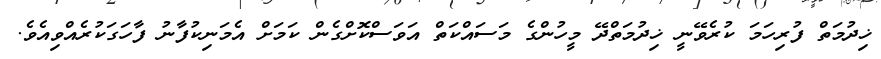
ޚިދުމަތް ފުރިހަމަ ކުރެވޭނީ ޚިދުމަތްދޭ މީހުންގެ މަސައްކަތް އަވަސްކޮށްގެން ކަމަށް އެމަނިކުފާނު ފާހަގަކުރެއްވިއެވެ.